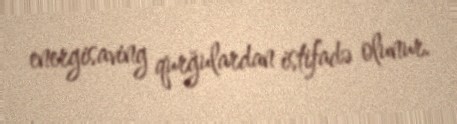
energisaving qurğulardan istifadə olunur.